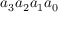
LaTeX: a _ { 3 } a _ { 2 } a _ { 1 } a _ { 0 }